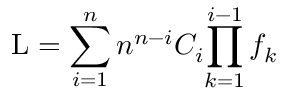
\mathrm { L } = \sum _ { i = 1 } ^ { n } n ^ { n - i } C _ { i } { \prod _ { k = 1 } ^ { i - 1 } f _ { k } }